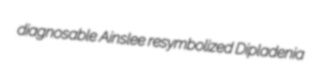
diagnosable Ainslee resymbolized Dipladenia